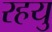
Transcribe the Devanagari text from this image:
रहयु